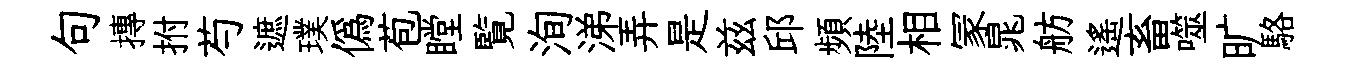
句摶拊芍遮璞僞苞瞠覧洵涕弄是兹邱頻陸相冡晁舫遙畜噬旷駱